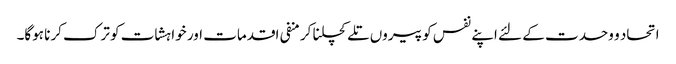
اتحاد و وحدت کے لئے اپنے نفس کو پیروں تلے کچلنا کر منفی اقدمات اور خواہشات کو ترک کرنا ہوگا۔